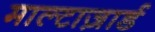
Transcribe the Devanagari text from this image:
माल्टाज़ार्ड